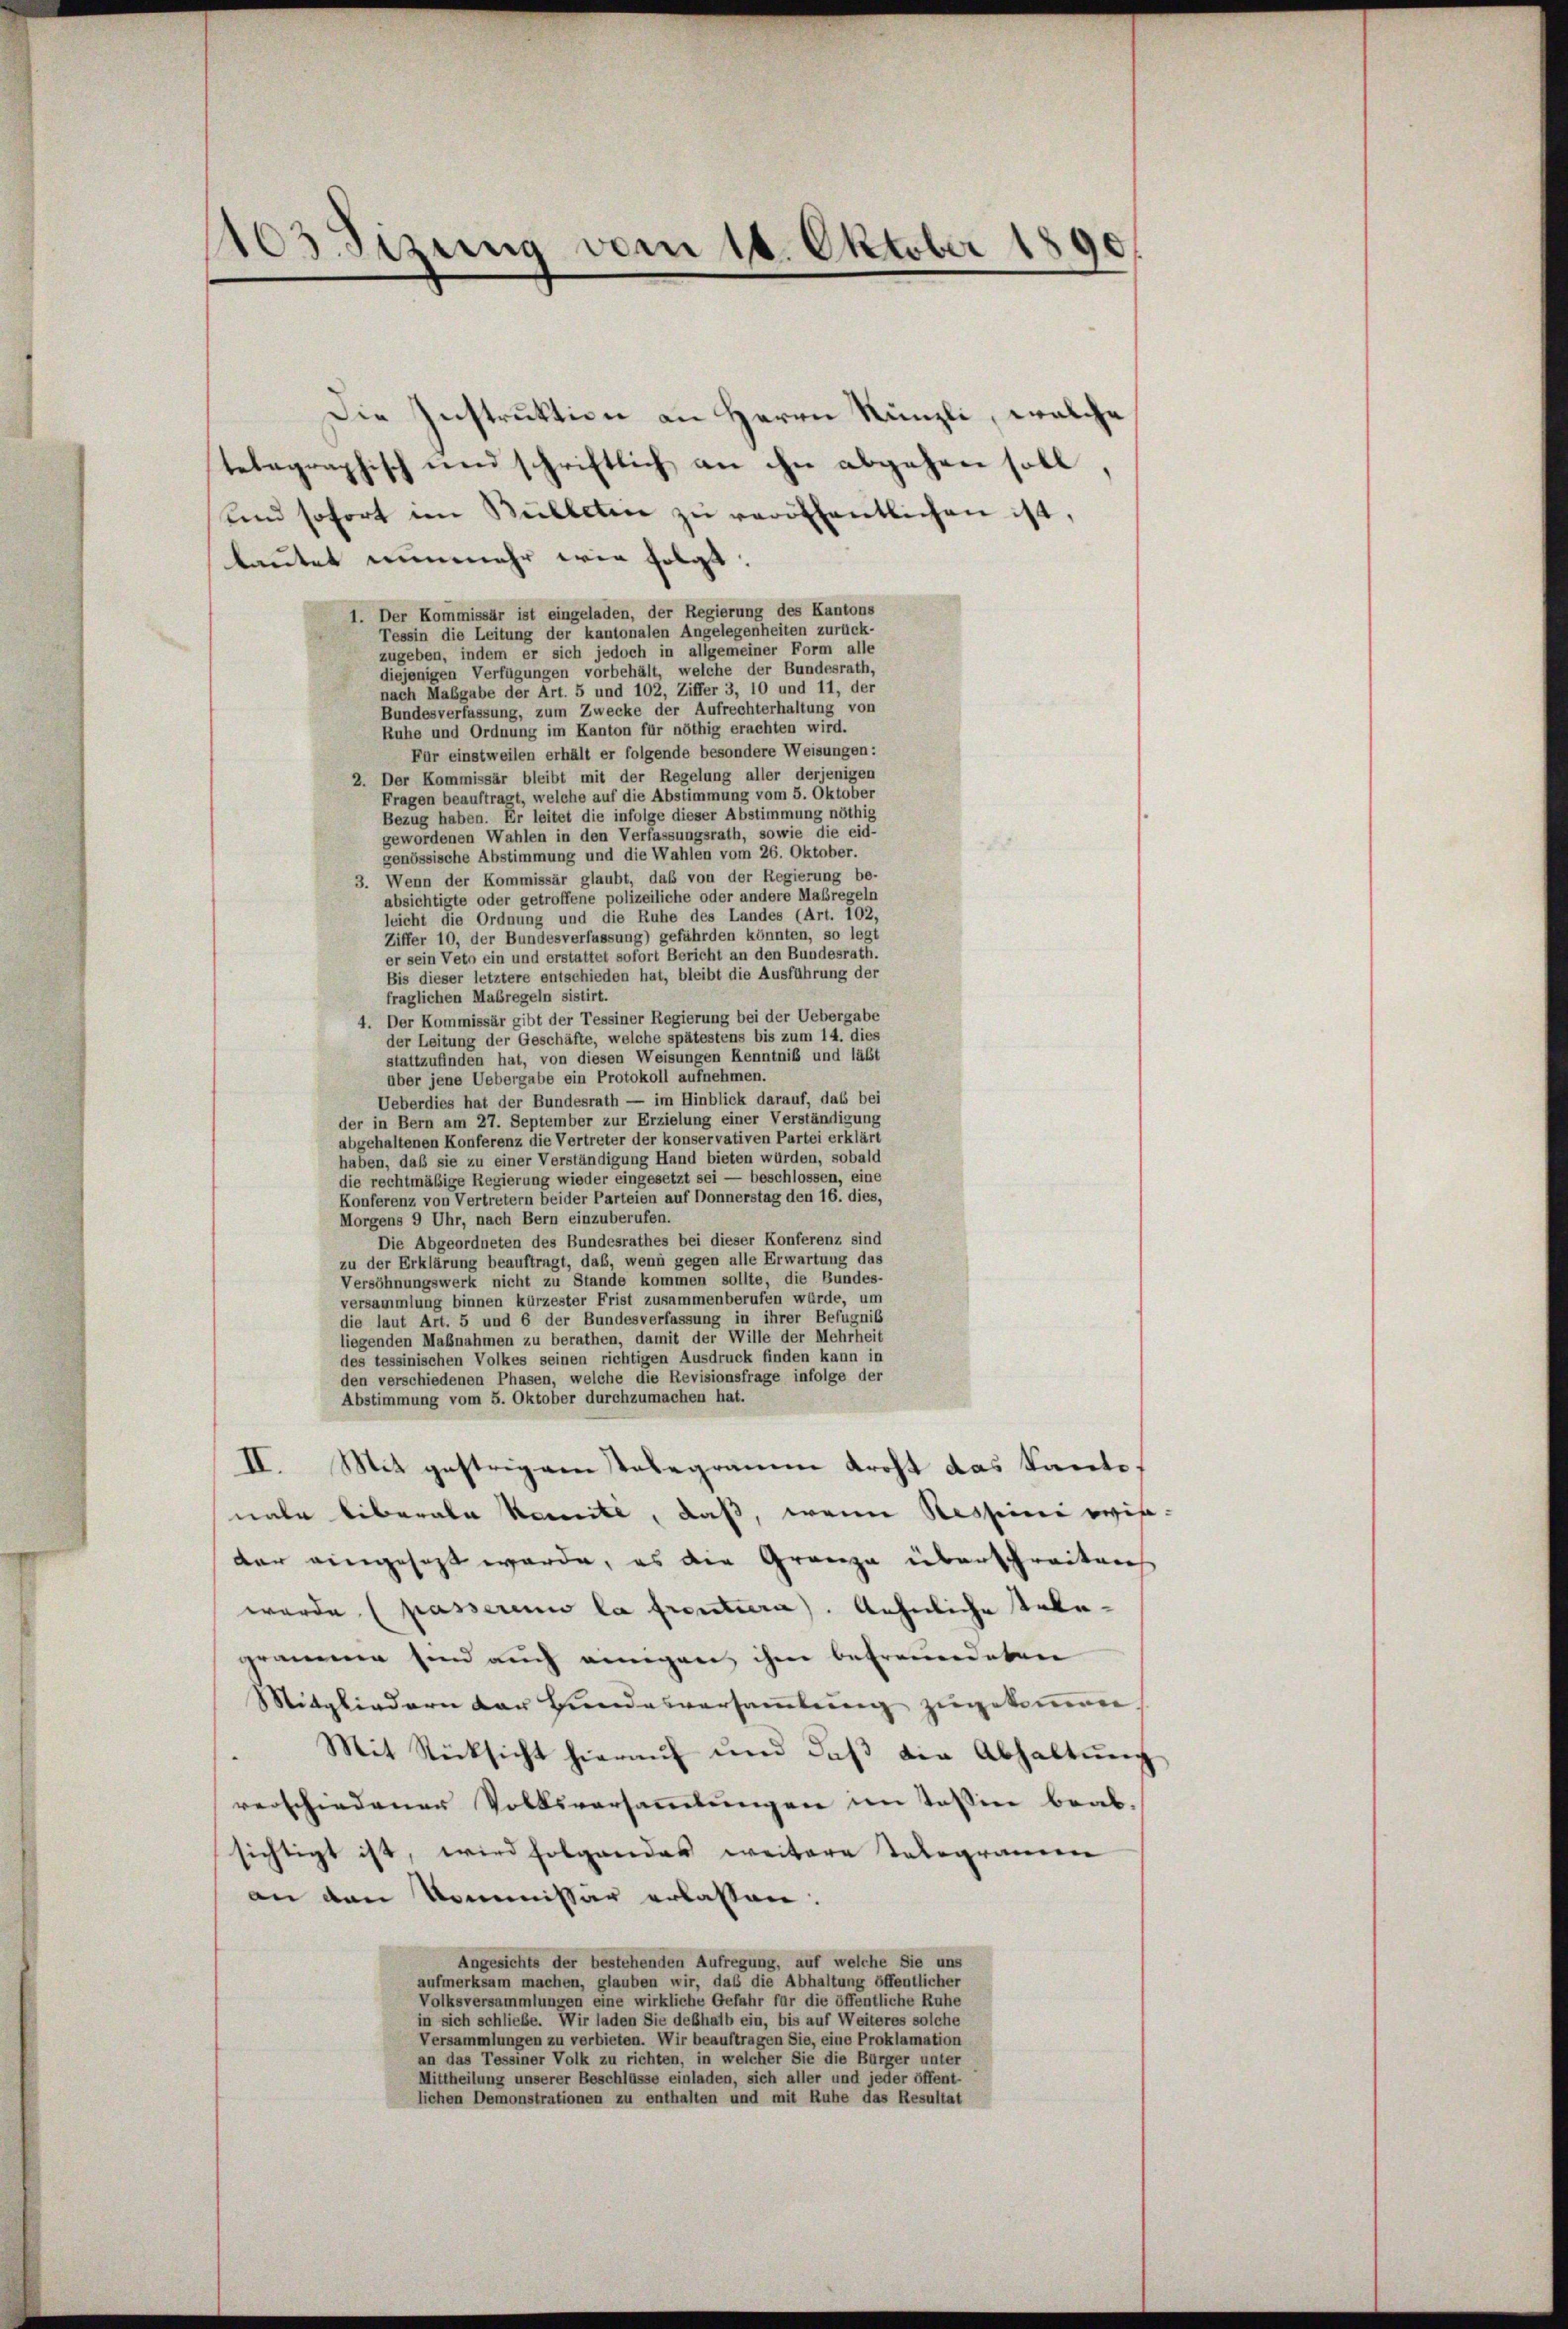
1103 Sizung vom 16. Oktober 1890

Die Instruktion an Herrn Künzli, welche
telegraphisch und schrittlich an ihn abgehen soll,
und sofort im Bulleten zŭ veröffentlichen ist,
lautet nunmehr wie folgt:
1. Der Kommissär ist eingeladen, der Regierung des Kantons
Tessin die Leitung der kantonalen Angelegenheiten zurück-
zugeben, indem er sich jedoch in allgemeiner Form alle
diejenigen Verfügungen vorbehält, welche der Bundesrath,
nach Maßgabe der Art. 5 und 102, Ziffer 3, 10 und 11, der
Bundesverfassung, zum Zwecke der Aufrechterhaltung von
Ruhe und Ordnung im Kanton für nöthig erachten wird.
Für einstweilen erhält er folgende besondere Weisungen:
2. Der Kommissär bleibt mit der Regelung aller derjenigen
Fragen beauftragt, welche auf die Abstimmung vom 5. Oktober
Bezug haben. Er leitet die infolge dieser Abstimmung nöthig
gewordenen Wahlen in den Verfassungsrath, sowie die eid-
genössische Abstimmung und die Wahlen vom 26. Oktober.
3. Wenn der Kommissär glaubt, daß von der Regierung be-
absichtigte oder getroffene polizeiliche oder andere Maßregeln
leicht die Ordnung und die Ruhe des Landes (Art. 102,
Ziffer 10, der Bundesverfassung) gefährden könnten, so legt
er sein Veto ein und erstattet sofort Bericht an den Bundesrath.
Bis dieser letztere entschieden hat, bleibt die Ausführung der
fraglichen Maßregeln sistirt.
4. Der Kommissär gibt der Tessiner Regierung bei der Uebergabe
der Leitung der Geschäfte, welche spätestens bis zum 14. dies
stattzufinden hat, von diesen Weisungen Kenntniß und lässt
über jene Uebergabe ein Protokoll aufnehmen.
Ueberdies hat der Bundesrath — im Hinblick darauf, das bei
der in Bern am 27. September zur Erzielung einer Verständigung
abgehaltenen Konferenz die Vertreter der konservativen Partei erklärt
haben, daß sie zu einer Verständigung Hand bieten würden, sobald
die rechtmäßige Regierung wieder eingesetzt sei — beschlossen, eine
Konferenz von Vertretern beider Parteien auf Donnerstag den 16. dies,
Morgens 9 Uhr, nach Bern einzuberufen.
Die Abgeordneten des Bundesrathes bei dieser Konferenz sind
zu der Erklärung beauftragt, das, wenn gegen alle Erwartung das
Versöhnungswerk nicht zu Stande kommen sollte, die Bundes-
versammlung binnen kürzester Frist zusammenberufen würde, um
die laut Art. 5 und 6 der Bundesverfassung in ihrer Befugniß
liegenden Maßnahmen zu berathen, damit der Wille der Mehrheit
des tessinischen Volkes seinen richtigen Ausdruck finden kann in
den verschiedenen Phasen, welche die Revisionsfrage infolge der
Abstimmung vom 5. Oktober durchzumachen hat.
II. Mit gestrigem Telegramm droht das Kantonahe liberala Komite, daß, wenn Nessini weise.
der eingesagt werde, es die Grenze überschreiben
wurde (Kasserium la trentiera. Aehnliche Telegrammen sind auch einigen ihm befreundeten
Mitgliedern der Bundesversammlung zugekommen.
Mit Rücksicht hierauf und daβ die Abhaltŭng
verschiedener Volksversammlungen im Tessine beab-
sichtigt ist, wird folgendes weitere Telegramen
an den Kommissär erlaßen:
Angesichts der bestehenden Aufregung, auf welche Sie uns
aufmerksam machen, glauben wir, daß die Abhaltung öffentlicher
Volksversammlungen eine wirkliche Gefahr für die öffentliche Ruhe
in sich schliebe. Wir laden Sie deßhalb ein, bis auf Weiteres solche
Versammlungen zu verbieten. Wir beauftragen Sie, eine Proklamation
an das Tessiner Volk zu richten, in welcher Sie die Bürger unter
Mittheilung unserer Beschlüsse einladen, sich aller und jeder öffent-
lichen Demonstrationen zu enthalten und mit Ruhe das Resultat